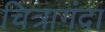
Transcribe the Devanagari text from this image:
चित्रागंदा